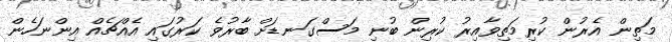
މަތިން އެރުން ކުރިމަތިވާއިރު ކުރިން ބުނި މަސްގަނޑަށް ބާރުވެ ކަރުގައި އެއްޗެއް އިންނަހެން